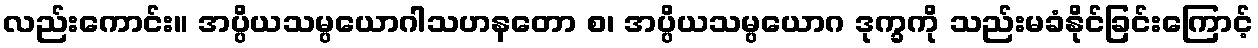
လည်းကောင်း။ အပ္ပိယသမ္ပယောဂါသဟနတော စ၊ အပ္ပိယသမ္ပယောဂ ဒုက္ခကို သည်းမခံနိုင်ခြင်းကြောင့်